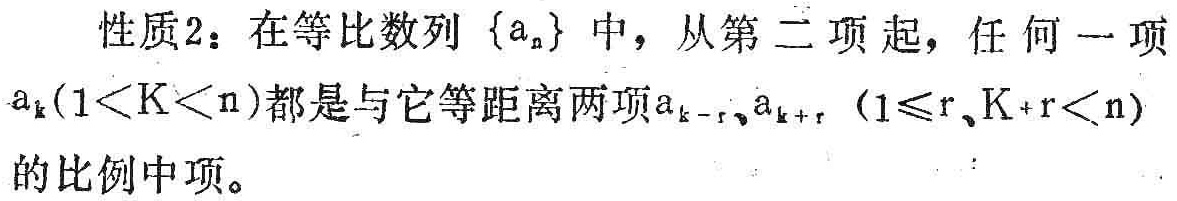
性质2：在等比数列\(\{ a_{n}\}\)中，从第二项起，任何一项\(a_{k}(1 < k < n)\)都是与它等距离两项\(a_{k - r},a_{k + r}\ (1\leq r,k + r < n)\)的比例中项。